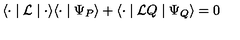
\langle { \bf \cdot } \mid { \cal L } \mid { \bf \cdot } \rangle \langle { \bf \cdot } \mid \Psi _ { P } \rangle + \langle { \bf \cdot } \mid { \cal L } Q \mid \Psi _ { Q } \rangle = 0